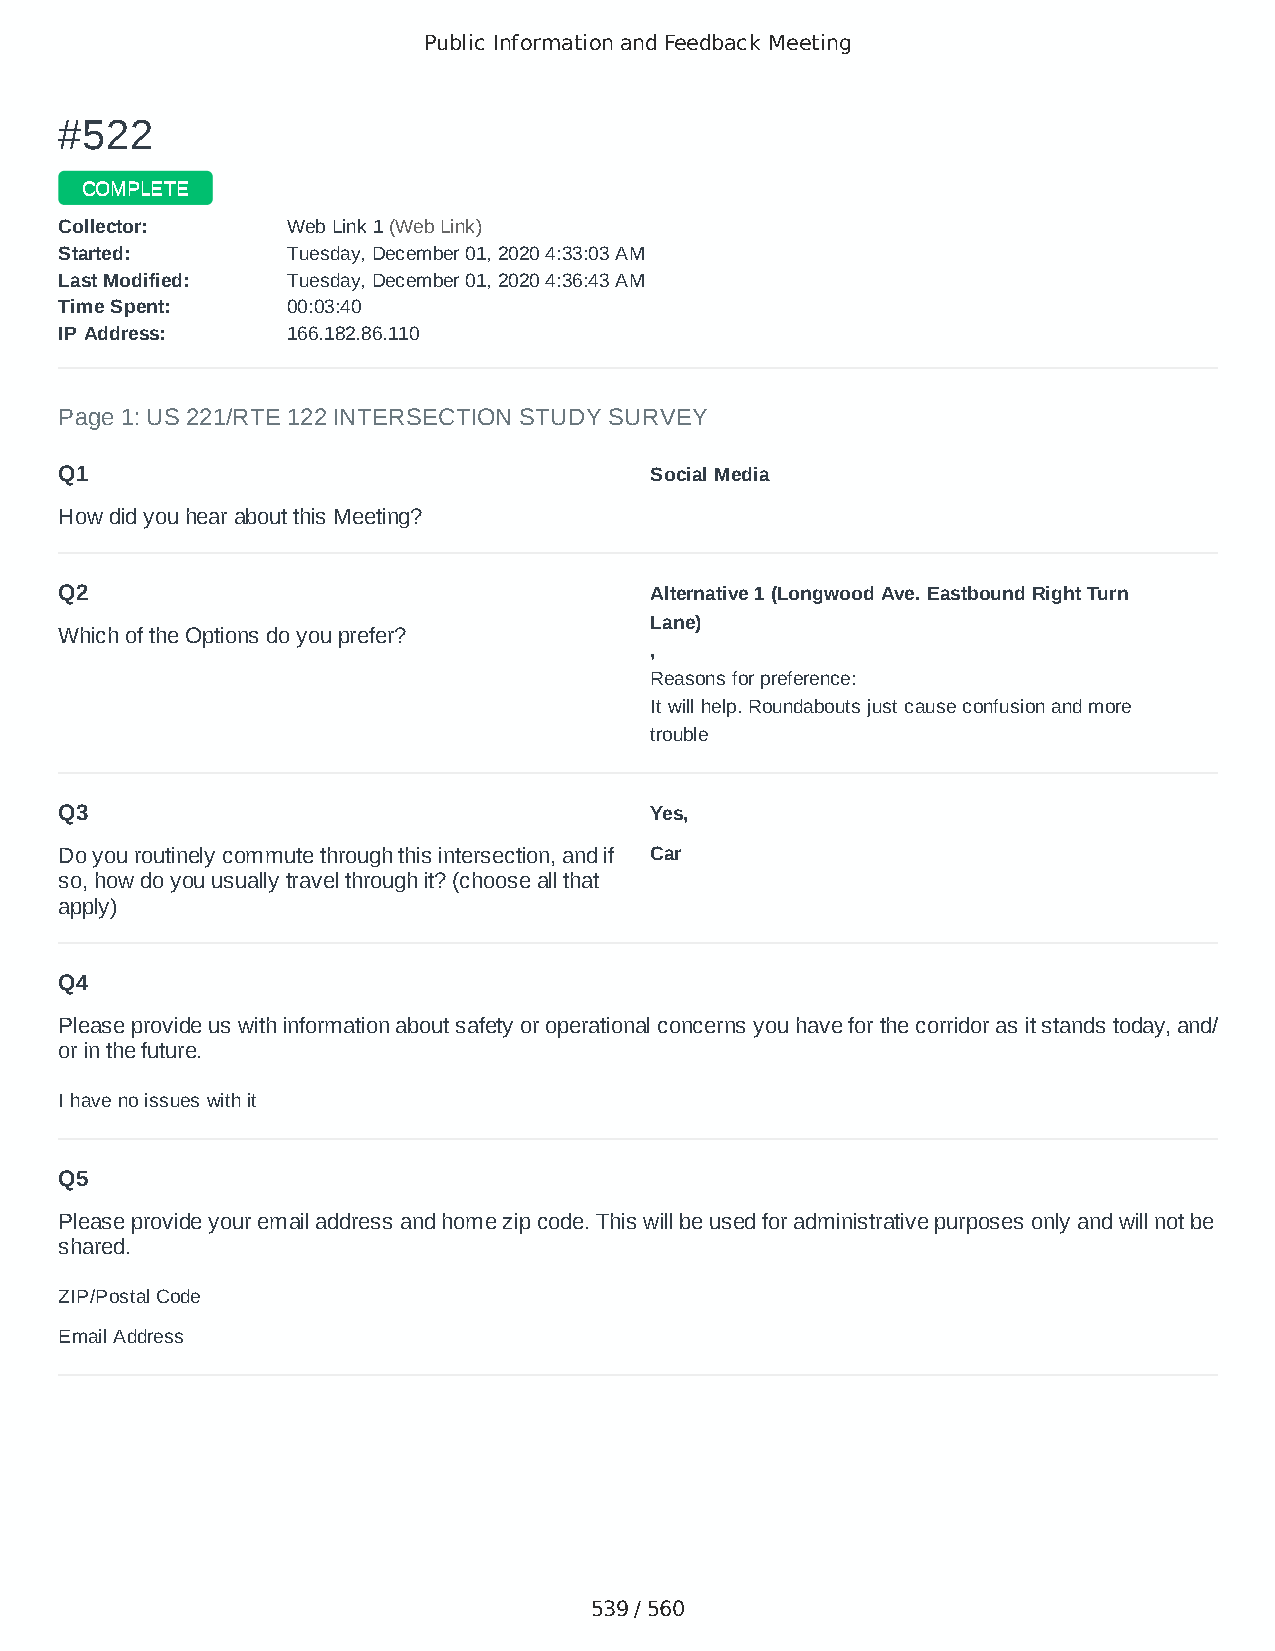
Public Information and Feedback Meeting
 ##552222
 CCOOMMPPLLEETTEE
 CCoolllleeccttoorr:: WWeebb LLiinnkk 11 ((WWeebb LLiinnkk))
 SSttaarrtteedd:: TTuueessddaayy,, DDeecceemmbbeerr 0011,, 22002200 44::3333::0033 AAMM
 LLaasstt MMooddiiffiieedd:: TTuueessddaayy,, DDeecceemmbbeerr 0011,, 22002200 44::3366::4433 AAMM
 TTiimmee SSppeenntt:: 0000::0033::4400
 IIPP AAddddrreessss:: 116666..118822..8866..111100
 Page 1: US 221/RTE 122 INTERSECTION STUDY SURVEY
 Q1                                     Social Media
 How did you hear about this Meeting?
 Q2                                     Alternative 1 (Longwood Ave. Eastbound Right Turn
 Lane)
 Which of the Options do you prefer?
 ,
 Reasons for preference:
 It will help. Roundabouts just cause confusion and more
 trouble
 Q3                                     Yes,
 Do you routinely commute through this intersection, and if Car
 so, how do you usually travel through it? (choose all that
 apply)
 Q4
 Please provide us with information about safety or operational concerns you have for the corridor as it stands today, and/
 or in the future.
 I have no issues with it
 Q5
 Please provide your email address and home zip code. This will be used for administrative purposes only and will not be
 shared.
 ZIP/Postal Code                        24523
 Email Address                          papinion69@gmail.com
 539 / 560